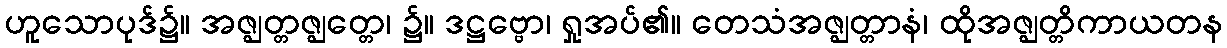
ဟူသောပုဒ်၌။ အဇ္ဈတ္တဇ္ဈတ္တေ၊ ၌။ ဒဋ္ဌဗ္ဗော၊ ရှုအပ်၏။ တေသံအဇ္ဈတ္တာနံ၊ ထိုအဇ္ဈတ္တိကာယတန